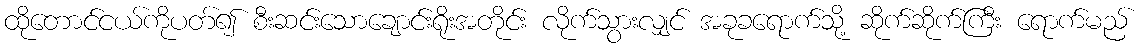
ထိုတောင်ငယ်ကိုပတ်၍ စီးဆင်းသောချောင်းရိုးအတိုင်း လိုက်သွားလျှင် အခုခရောက်သို့ ဆိုက်ဆိုက်ကြီး ရောက်မည်